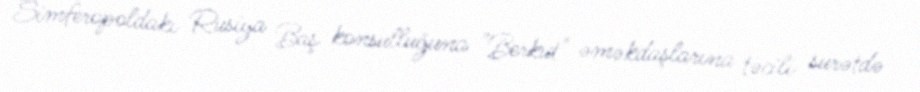
Simferopoldakı Rusiya Baş konsulluğuna "Berkut" əməkdaşlarına təcili surətdə